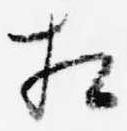
相